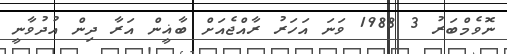
ނޮވެމްބަރު 3 1988 ވަނަ އަހަރު ރާއްޖެއަށް ބާޣީން އަރާ ދިން އުދުވާނީ